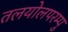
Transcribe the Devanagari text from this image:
तलयोलपरम्पु